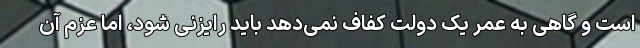
است و گاهی به عمر یک دولت کفاف نمی‌دهد باید رایزنی شود، اما عزم آن